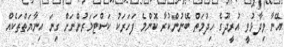
އޭނާ ވިދާޅުވީ އުރީދޫގެ ހިދުމަތް ބޭނުންކުރާ ކޮންމެ ފަހަރަކު ކަސްޓަމަރުންނަށް ގިނަ އިނާޔަތްތަކެއް